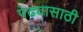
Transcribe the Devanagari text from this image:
पेढ्यासाठी